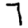
Digit: 7